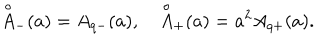
{ \mathop { A } ^ { \circ } } _ { - } ( a ) = A _ { q - } ( a ) , \quad { \mathop { A } ^ { \circ } } _ { + } ( a ) = a ^ { 2 } A _ { q + } ( a ) .